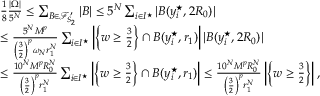
\begin{array} { r l } & { \frac 1 8 \frac { | \Omega | } { 5 ^ { N } } \le \sum _ { B \in \mathcal { F } _ { S _ { 2 } } ^ { \prime } } | B | \le 5 ^ { N } \sum _ { i \in I ^ { \star } } | B ( y _ { i } ^ { \star } , 2 R _ { 0 } ) | } \\ & { \le \frac { 5 ^ { N } M ^ { p } } { \left( \frac { 3 } { 2 } \right) ^ { p } \omega _ { N } r _ { 1 } ^ { N } } \sum _ { i \in I ^ { \star } } \left| \left\{ w \ge \frac { 3 } { 2 } \right\} \cap B ( y _ { i } ^ { \star } , r _ { 1 } ) \right| | B ( y _ { i } ^ { \star } , 2 R _ { 0 } ) | } \\ & { \le \frac { 1 0 ^ { N } M ^ { p } R _ { 0 } ^ { N } } { \left( \frac { 3 } { 2 } \right) ^ { p } r _ { 1 } ^ { N } } \sum _ { i \in I ^ { \star } } \left| \left\{ w \ge \frac { 3 } { 2 } \right\} \cap B ( y _ { i } ^ { \star } , r _ { 1 } ) \right| \le \frac { 1 0 ^ { N } M ^ { p } R _ { 0 } ^ { N } } { \left( \frac { 3 } { 2 } \right) ^ { p } r _ { 1 } ^ { N } } \left| \left\{ w \ge \frac { 3 } { 2 } \right\} \right| , } \end{array}